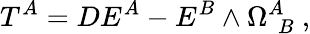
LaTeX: T^{A}=DE^{A}-E^{B}\wedge\Omega_{~~B}^{A}~,